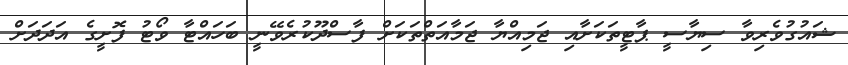
ޝައުގުވެރިވާ ސިޔާސީ ޕާޓީތަކަށާއި ޖަމިއްޔާ ޖަމާއަތްތަކަށް ފާސްދޫކުރެވޭނީ ބަހައްޓާ ވޯޓު ފޮށީގެ އަދަދަށް